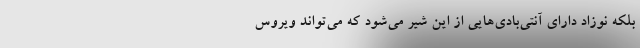
بلکه نوزاد دارای آنتی‌بادی‌هایی از این شیر می‌شود که می‌تواند ویروس